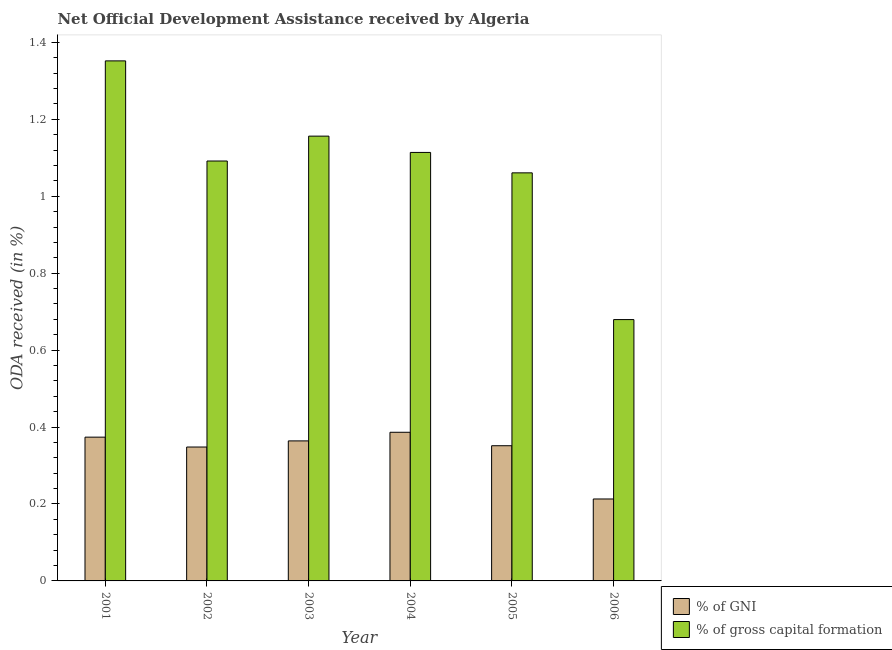
| Year | % of GNI | % of gross capital formation |
 | --- | --- | --- |
 | 2001 | 0.374 | 1.35 |
 | 2002 | 0.348 | 1.09 |
 | 2003 | 0.364 | 1.16 |
 | 2004 | 0.387 | 1.11 |
 | 2005 | 0.351 | 1.06 |
 | 2006 | 0.213 | 0.679 |